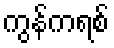
ကွန်ကရစ်